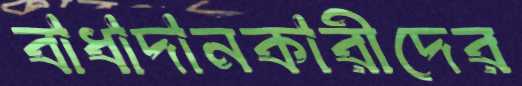
বাধাদানকারীদের